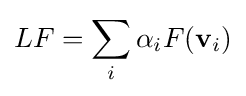
LF=\sum _{i}\alpha _{i}F(\mathbf {v} _{i})